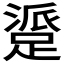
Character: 𬧁